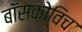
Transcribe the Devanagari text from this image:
बॉसकोविच